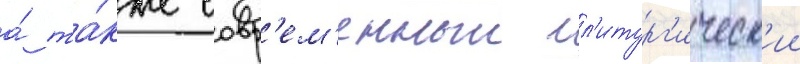
а́ та́кже совр'ем'енныи л'итург'ическ'ии